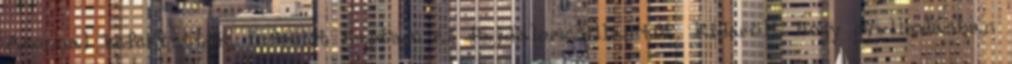
Azonnal befektettek, infúziót kaptam és fájdalomcsillapítót. Kiderült hogy gyulladásban